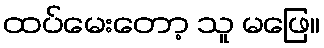
ထပ်မေးတော့ သူ မဖြေ။